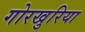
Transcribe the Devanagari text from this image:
गोरखुरिया